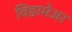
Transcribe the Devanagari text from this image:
विंडरमेअर